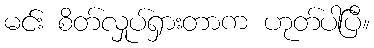
မင်း စိတ်လှုပ်ရှားတာက ဟုတ်ပါပြီ။